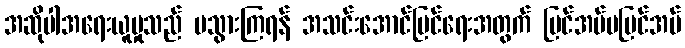
အဆိုပါအရေးယူမှုသည် မသွားကြရန် အသင်းအောင်မြင်ရေးအတွက် မြင်အပ်မမြင်အပ်